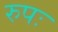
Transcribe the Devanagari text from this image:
रुपः